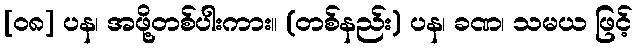
[၀၈] ပန၊ အဖို့တစ်ပါးကား။ (တစ်နည်း) ပန၊ ခဏ၊ သမယ ဖြင့်